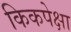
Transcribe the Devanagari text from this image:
किकपेक्षा